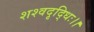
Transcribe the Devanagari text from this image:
शश्वदृद्धिः।।